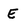
Character: E